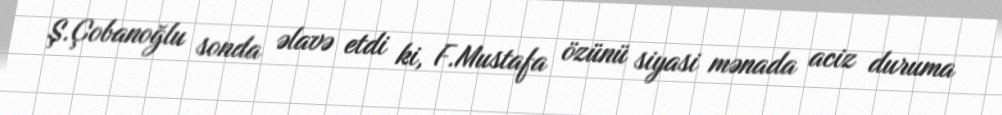
Ş.Çobanoğlu sonda əlavə etdi ki, F.Mustafa özünü siyasi mənada aciz duruma